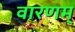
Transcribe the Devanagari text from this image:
वारणम्